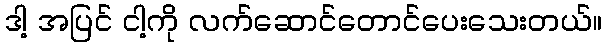
ဒါ့ အပြင် ငါ့ကို လက်ဆောင်တောင်ပေးသေးတယ်။